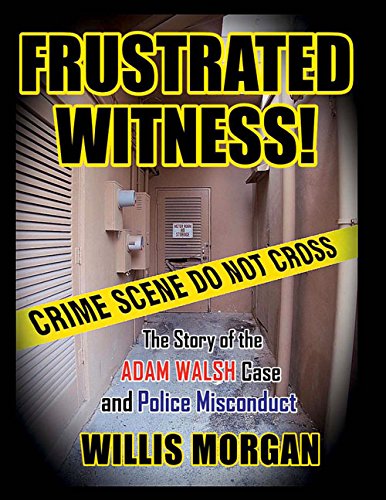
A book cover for Frustrated Witness: The True Story of the ADAM WALSH Case and Police Misconduct; Willis Morgan; Biographies & Memoirs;